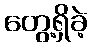
တွေ့ရှိခဲ့